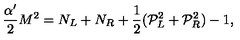
\frac { \alpha ^ { \prime } } { 2 } M ^ { 2 } = N _ { L } + N _ { R } + \frac { 1 } { 2 } ( { \cal P } _ { L } ^ { 2 } + { \cal P } _ { R } ^ { 2 } ) - 1 ,